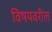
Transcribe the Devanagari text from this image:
विषयवरील